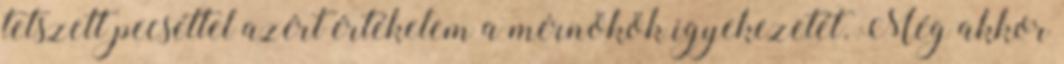
tetszett pecséttel azért értékelem a mérnökök igyekezetét. Még akkor